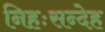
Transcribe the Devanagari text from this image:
निहःसन्देह